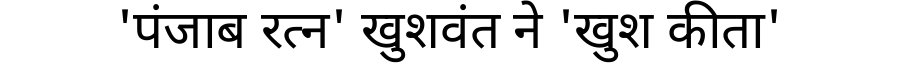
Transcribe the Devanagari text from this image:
'पंजाब रत्न' खुशवंत ने 'खुश कीता'